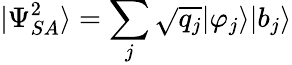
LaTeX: |\Psi_{SA}^{2}\rangle=\sum_{j}{\sqrt{q_{j}}}|\varphi_{j}\rangle|b_{j}\rangle